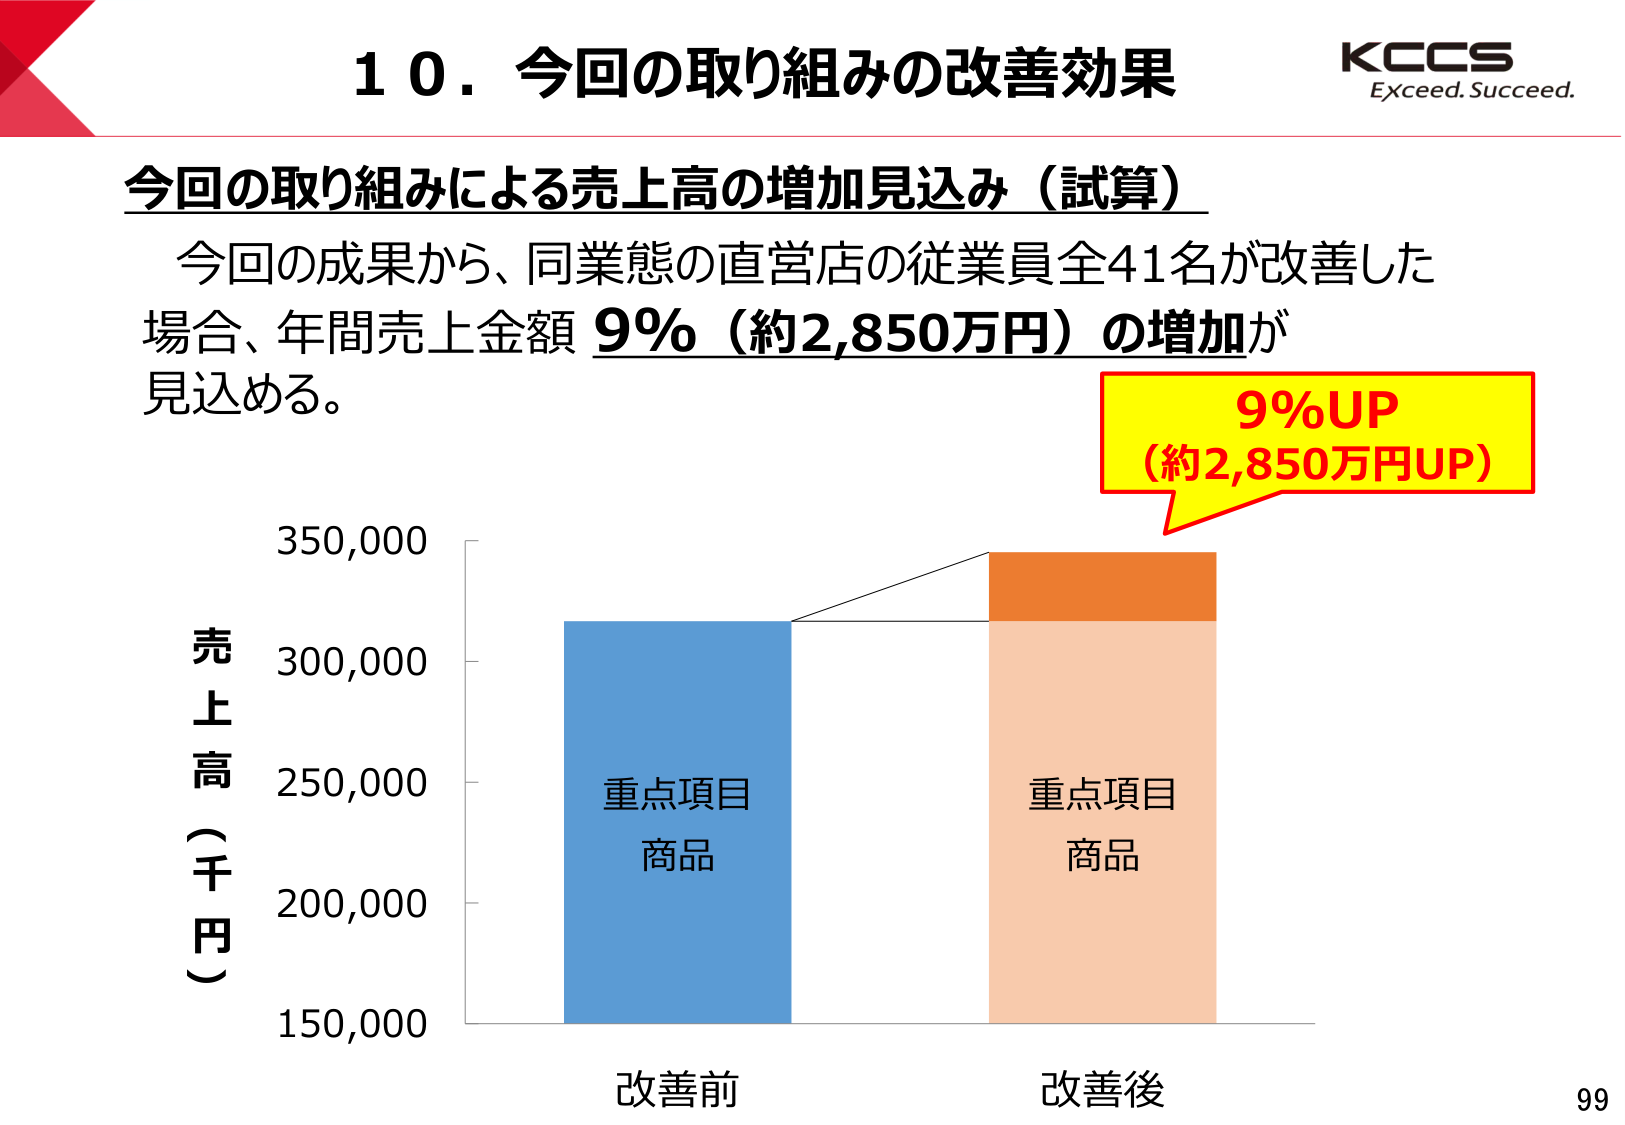
10. 今回の取り組みの改善効果

今回の取り組みによる売上高の増加見込み（試算）

今回の成果から、同業態の直営店の従業員全41名が改善した場合、年間売上金額 9%（約2,850万円）の増加が見込める。

9%UP
（約2,850万円UP）

売上高（千円）
350,000
300,000
250,000
200,000
150,000

重点項目
商品

重点項目
商品

改善前
改善後

KCCS
Exceed. Succeed.

99